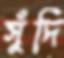
সুঁদি